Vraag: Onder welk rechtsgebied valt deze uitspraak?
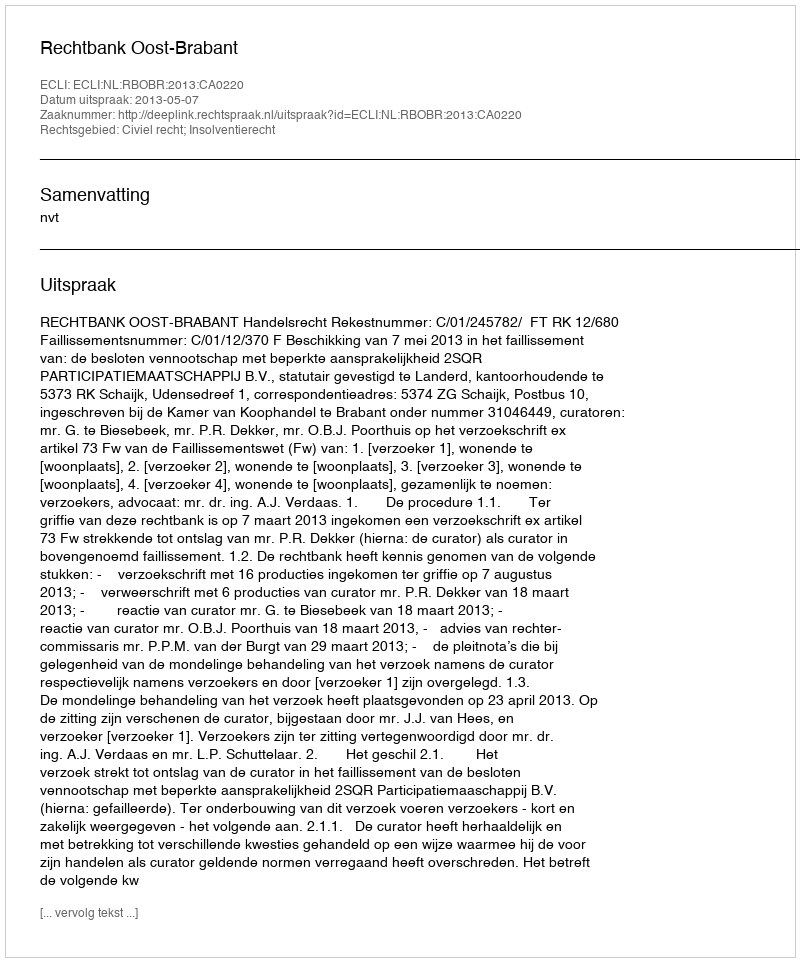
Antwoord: Civiel recht; Insolventierecht